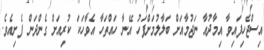
އިސްޖެހިފައިވާ އިމާދުއާ ނަޖުމާއަށް ބަލާލުމަށްފަހު އޭނާ ހައްތަހާ އެވާހަކަ ކުރިއަށް ގެންދަން ފެށިއެވެ.